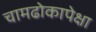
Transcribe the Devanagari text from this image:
चामढोकापेक्षा